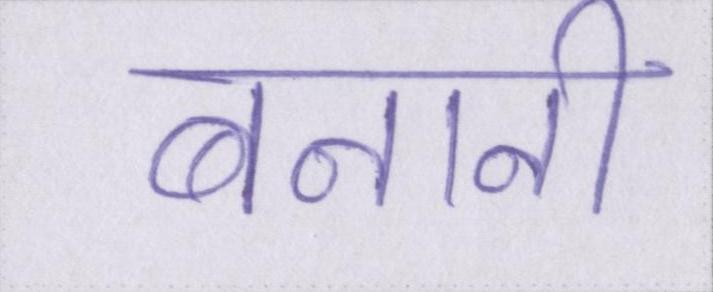
बनानी